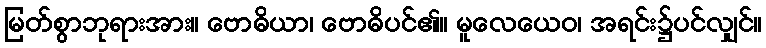
မြတ်စွာဘုရားအား။ ဗောဓိယာ၊ ဗောဓိပင်၏။ မူလေယေဝ၊ အရင်း၌ပင်လျှင်။